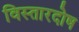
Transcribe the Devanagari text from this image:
विस्तारदोष